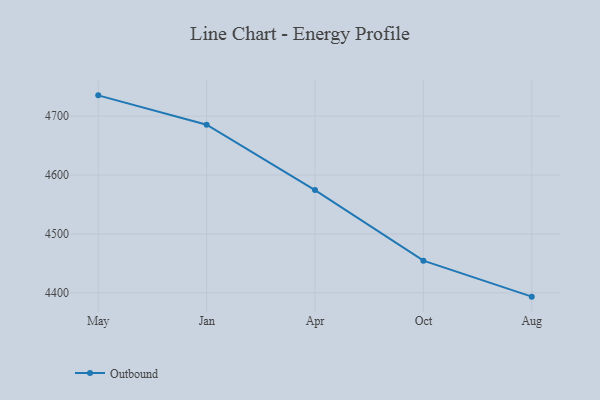
{"axis": {"x": "Month", "y": "Population (Million)"}, "legend": ["Outbound"], "data": [{"x": "May", "y": 4735.4, "type": "Outbound"}, {"x": "Jan", "y": 4685.6, "type": "Outbound"}, {"x": "Apr", "y": 4574.5, "type": "Outbound"}, {"x": "Oct", "y": 4454.6, "type": "Outbound"}, {"x": "Aug", "y": 4393.5, "type": "Outbound"}]}